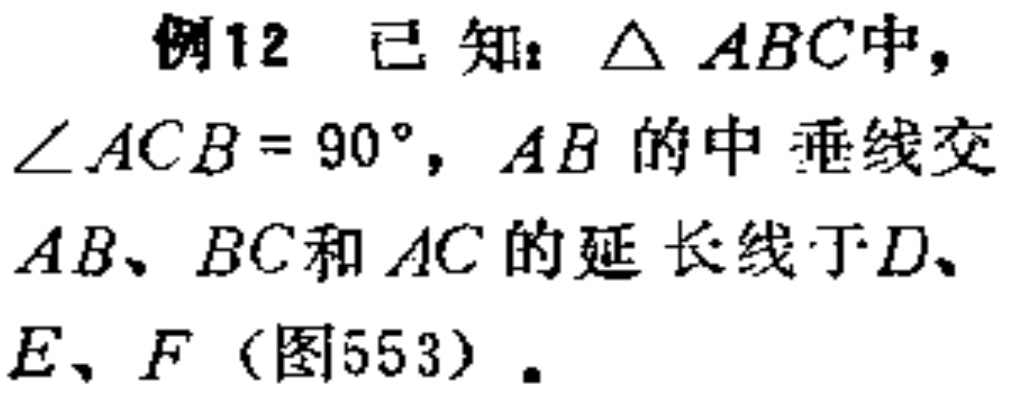
例12 已知：$\triangle ABC$中，$\angle ACB = 90^{\circ}$，$AB$的中垂线交$AB、BC$和$AC$的延长线于$D、E、F$（图553）.